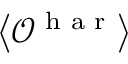
\left\langle \mathcal { O } ^ { \textrm { h a r } } \right\rangle